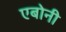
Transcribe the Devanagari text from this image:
एबोनी